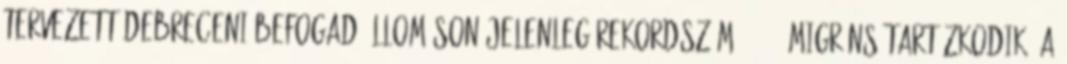
tervezett debreceni befogadóállomáson jelenleg rekordszámú, 1474 migráns tartózkodik, a